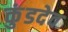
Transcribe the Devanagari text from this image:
कुंडदेव